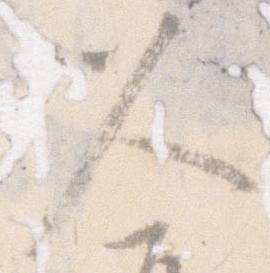
久